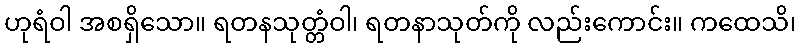
ဟုရံဝါ အစရှိသော။ ရတနသုတ္တံဝါ၊ ရတနာသုတ်ကို လည်းကောင်း။ ကထေသိ၊